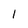
Character: 1